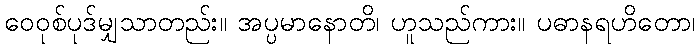
ဝေဝုစ်ပုဒ်မျှသာတည်း။ အပ္ပမာနောတိ၊ ဟူသည်ကား။ ပဓာနရဟိတော၊